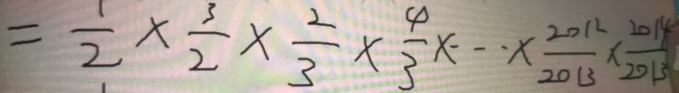
= \frac { 1 } { 2 } \times \frac { 3 } { 2 } \times \frac { 2 } { 3 } \times \frac { 4 } { 3 } \times \cdots \times \frac { 2 0 1 2 } { 2 0 1 3 } \times \frac { 2 0 1 4 } { 2 0 1 3 }